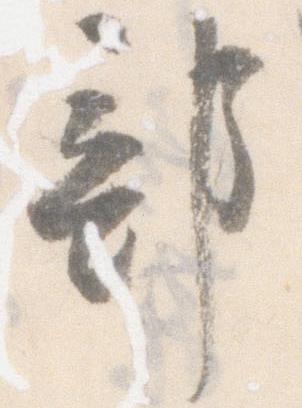
部